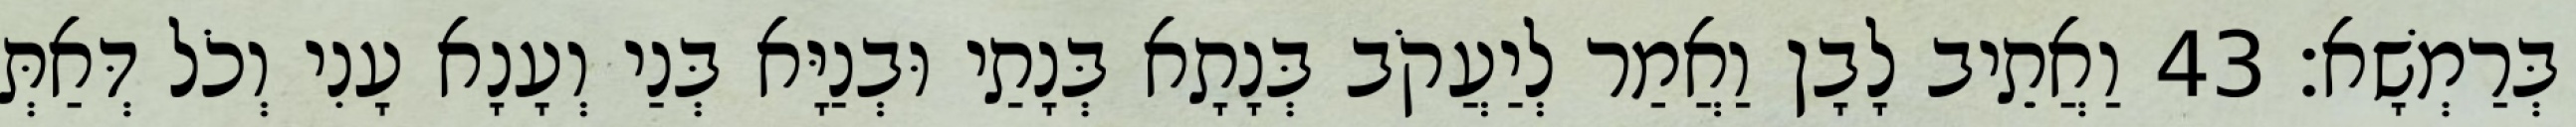
בְּרַמְשָׁא׃ 43 וַאֲתֵיב לָבָן וַאֲמַר לְיַעֲקֹב בְּנָתָא בְּנָתַי וּבְנַיָּא בְּנַי וְעָנָא עָנִי וְכֹל דְּאַתְּ